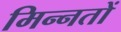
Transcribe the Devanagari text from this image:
मिन्नतों